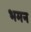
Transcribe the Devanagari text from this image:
भमन